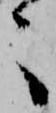
々